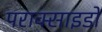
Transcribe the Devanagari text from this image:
पराक्साइडों